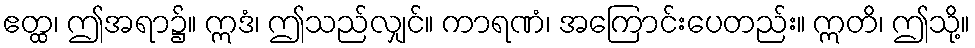
ဧတ္ထ၊ ဤအရာ၌။ ဣဒံ၊ ဤသည်လျှင်။ ကာရဏံ၊ အကြောင်းပေတည်း။ ဣတိ၊ ဤသို့။